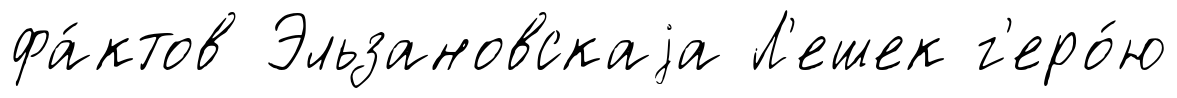
фа́ктов Эльзановскаjа Л'ешек г'еро́ю